Vaccination in Bombay 1874-1876 - 1874-1876
Year: 1874
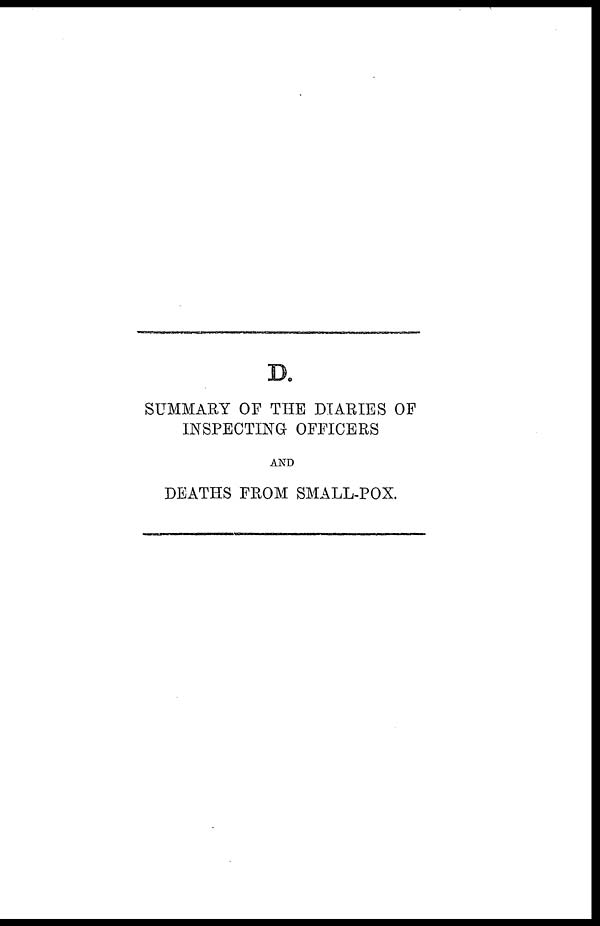
D.
SUMMARY OF THE DIARIES OF
INSPECTING OFFICERS
AND
DEATHS FROM SMALL-POX.